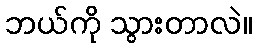
ဘယ်ကို သွားတာလဲ။